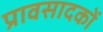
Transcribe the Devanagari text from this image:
प्रावसादकों